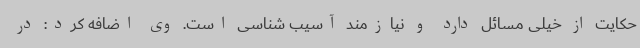
حکایت از خیلی مسائل دارد و نیازمند آسیب شناسی است. وی اضافه کرد: در